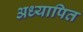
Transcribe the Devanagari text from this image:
अध्यापित